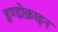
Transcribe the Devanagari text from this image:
इण्डोक्राइन